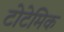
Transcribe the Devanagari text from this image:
टोटेमिक